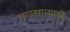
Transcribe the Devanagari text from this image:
छापखान्याची